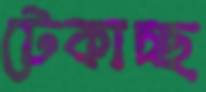
টেকাচ্ছ